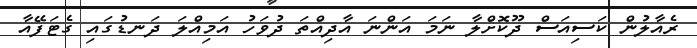
ރެއާލުން ކަސިއަސް ދޫކޮށްލާ ނަމަ އަންނަ އާދިއްތަ ދުވަހު އަމިއްލަ ދަނޑުގައި ގެޓަފޭއާ